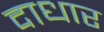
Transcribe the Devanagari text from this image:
दाधार